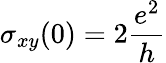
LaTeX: \sigma_{xy}(0)=2\frac{e^{2}}{h}